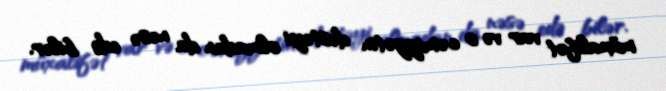
müxalifət var və o cəmiyyətin dəstəyi olmadan da nəsə edə bilər.